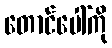
တောင်ပေါ်ကို